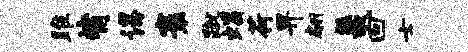
雎觜谒寰蹴蝎荷畀翩羲回士